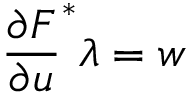
\frac { \partial F } { \partial u } ^ { * } \lambda = w